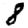
Digit: 8